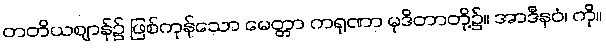
တတိယဈာန်၌ ဖြစ်ကုန်သော မေတ္တာ ကရုဏာ မုဒိတာတို့၌။ အာဒီနဝံ၊ ကို။